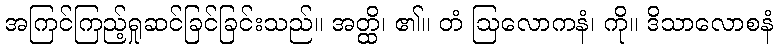
အကြင်ကြည့်ရှုဆင်ခြင်ခြင်းသည်။ အတ္ထိ၊ ၏။ တံ ဩလောကနံ၊ ကို။ ဒိသာလောစနံ